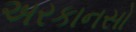
અરકાનસો